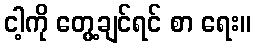
ငါ့ကို တွေ့ချင်ရင် စာ ရေး။